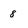
Character: 8